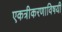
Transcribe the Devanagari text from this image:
एकत्रीकरणाविषयी